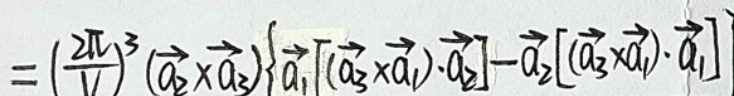
$= ( \frac { 2 \pi } { V } ) ^ { 3 } ( \vec { a } _ { 2 } \times \vec { a } _ { 3 } ) \{ \vec { a } _ { 1 } [ ( \vec { a } _ { 3 } \times \vec { a } _ { 1 } ) \cdot \vec { a } _ { 2 } ] - \vec { a } _ { 2 } [ ( \vec { a } _ { 3 } \times \vec { a } _ { 1 } ) \cdot \vec { a } _ { 1 } ] \}$